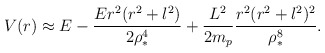
\begin{align*}V(r) \approx E -\frac{E r^2(r^2+l^2)}{2\rho_*^4} +\frac{L^2}{2m_p } \frac{r^2 (r^2+l^2)^2}{\rho_*^8}.\end{align*}